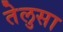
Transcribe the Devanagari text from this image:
तेलुसा